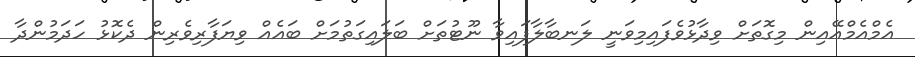
އެމްއެމްއޭއިން މިގޮތަށް ވިދާޅުވެފައިމިވަނީ ލަނބާލާފައިވާ ނޫޓުތަށް ބަލައިގަތުމަށް ބައެއް ވިޔަފާރިވެރިން ދެކޮޅު ހަދަމުންދާ